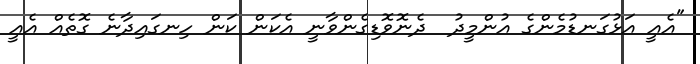
"އެއީ އަޅުގަނޑުމެންގެ އުންމީދު  ދެނޮވޮޑިގެންވާނީ އެކަން ކަން ހިނގައިދާނެ ގޮތެއް އެއީ